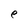
Character: e